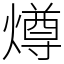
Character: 燇